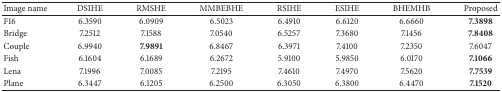
<table><thead><tr><td><b>Image name</b></td><td><b>DSIHE</b></td><td><b>RMSHE</b></td><td><b>MMBEBHE</b></td><td><b>RSIHE</b></td><td><b>ESIHE</b></td><td><b>BHEMHB</b></td><td><b>Proposed</b></td></tr></thead><tbody><tr><td>F16</td><td>6.3590</td><td>6.0909</td><td>6.5023</td><td>6.4910</td><td>6.6120</td><td>6.6660</td><td><b>7.3898</b></td></tr><tr><td>Bridge</td><td>7.2512</td><td>7.1588</td><td>7.0540</td><td>6.5257</td><td>7.3680</td><td>7.1456</td><td><b>7.8408</b></td></tr><tr><td>Couple</td><td>6.9940</td><td><b>7.9891</b></td><td>6.8467</td><td>6.3971</td><td>7.4100</td><td>7.2350</td><td>7.6047</td></tr><tr><td>Fish</td><td>6.1604</td><td>6.1689</td><td>6.2672</td><td>5.9100</td><td>5.9850</td><td>6.0170</td><td><b>7.1066</b></td></tr><tr><td>Lena</td><td>7.1996</td><td>7.0085</td><td>7.2195</td><td>7.4610</td><td>7.4970</td><td>7.5620</td><td><b>7.7539</b></td></tr><tr><td>Plane</td><td>6.3447</td><td>6.1205</td><td>6.2500</td><td>6.3050</td><td>6.3800</td><td>6.4470</td><td><b>7.1520</b></td></tr></tbody></table>